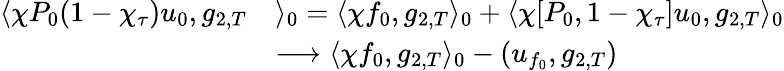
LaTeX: \begin{array}{rl}{\langle\chi P_{0}(1-\chi_{\tau})u_{0},g_{2,T}}&{\rangle_{0}=\langle\chi f_{0},g_{2,T}\rangle_{0}+\langle\chi[P_{0},1-\chi_{\tau}]u_{0},g_{2,T}\rangle_{0}}\\ &{\longrightarrow\langle\chi f_{0},g_{2,T}\rangle_{0}-(u_{f_{0}},g_{2,T})}\end{array}